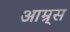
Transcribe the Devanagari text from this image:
आम्र्स